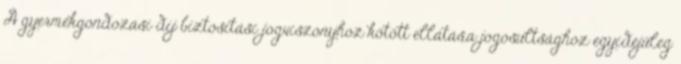
A gyermekgondozási díj biztosítási jogviszonyhoz kötött ellátás,a jogosultsághoz egyidejűleg